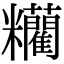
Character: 𥽼